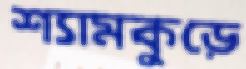
শ্যামকুড়ে